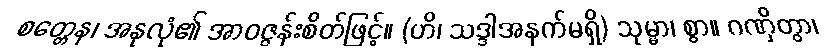
စတ္တေန၊ အနုလုံ၏ အာဝဇ္ဇန်းစိတ်ဖြင့်။ (ဟိ၊ သဒ္ဒါအနက်မရှိ) သုမ္မာ၊ စွာ။ ဂဏှိတွာ၊